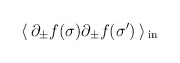
\begin{align*}\:\langle\, \partial_{\pm }f(\sigma)\partial_{\pm }f(\sigma')\, \rangle \,_{\rm{in}}\:\end{align*}